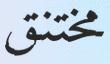
مختنق